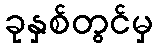
ခုနှစ်တွင်မှ